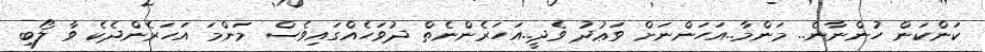
ކަންކަން ހުންނާނެ.. މަންމާ..އަހަންނަށް ވަޢުދު ވެދީ..އަހަރެންނެތް ދުވަހެއްގައިވެސް މަންމަ އަހަރެންދެކެ ވާ ލޯބި